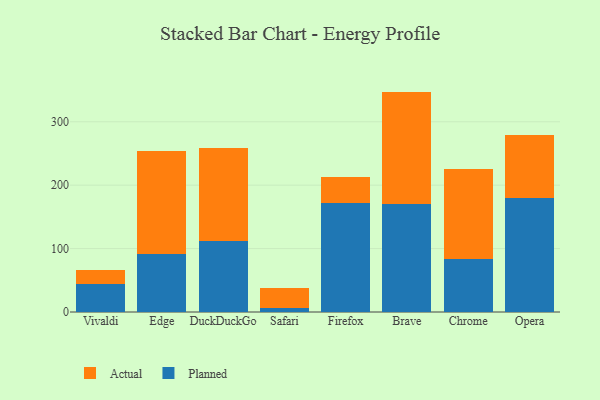
{"axis": {"x": "Browser", "y": "Satisfaction Score"}, "legend": ["Actual", "Planned"], "data": [{"x": "Vivaldi", "y": 43.6, "type": "Planned"}, {"x": "Vivaldi", "y": 22.7, "type": "Actual"}, {"x": "Edge", "y": 91.9, "type": "Planned"}, {"x": "Edge", "y": 161.8, "type": "Actual"}, {"x": "DuckDuckGo", "y": 112.5, "type": "Planned"}, {"x": "DuckDuckGo", "y": 145.4, "type": "Actual"}, {"x": "Safari", "y": 6.9, "type": "Planned"}, {"x": "Safari", "y": 30.3, "type": "Actual"}, {"x": "Firefox", "y": 172.1, "type": "Planned"}, {"x": "Firefox", "y": 41.2, "type": "Actual"}, {"x": "Brave", "y": 169.9, "type": "Planned"}, {"x": "Brave", "y": 177.7, "type": "Actual"}, {"x": "Chrome", "y": 83.4, "type": "Planned"}, {"x": "Chrome", "y": 141.7, "type": "Actual"}, {"x": "Opera", "y": 179.3, "type": "Planned"}, {"x": "Opera", "y": 99.5, "type": "Actual"}]}